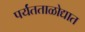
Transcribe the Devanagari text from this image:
पर्यंतताळोद्यात